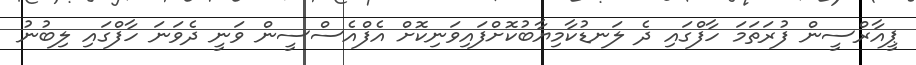
ޕީއާރްސީން ފުރަތަމަ ހާފްގައި ދެ ލަނޑުކާމިޔާބުކޮށްފައިވަނިކޮށް އެފްއެސްސީން ވަނީ ދެވަނަ ހާފްގައި ލިބުނު